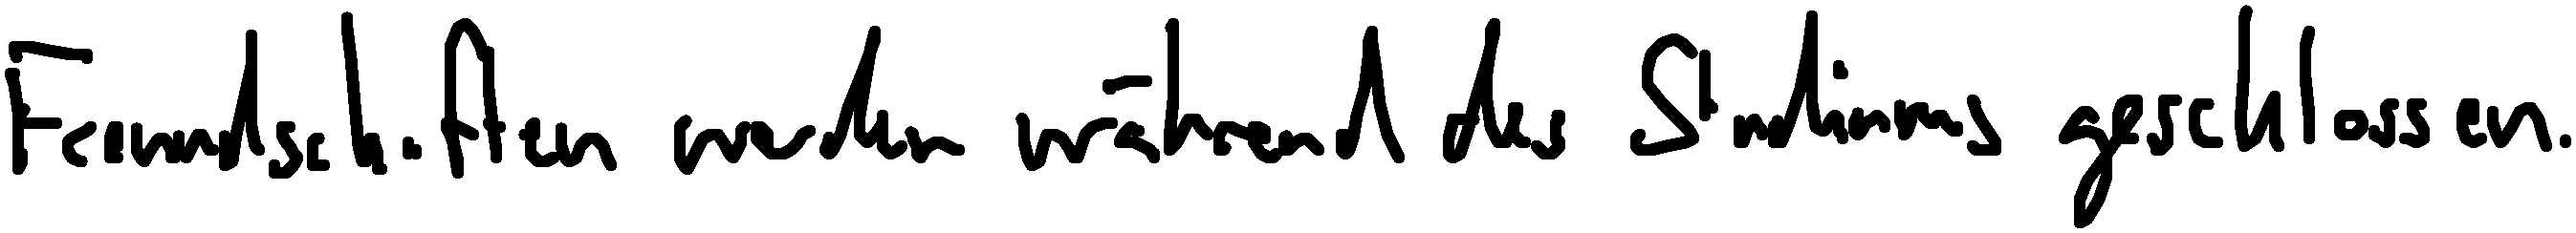
Freundschaften werden während des Studiums geschlossen.